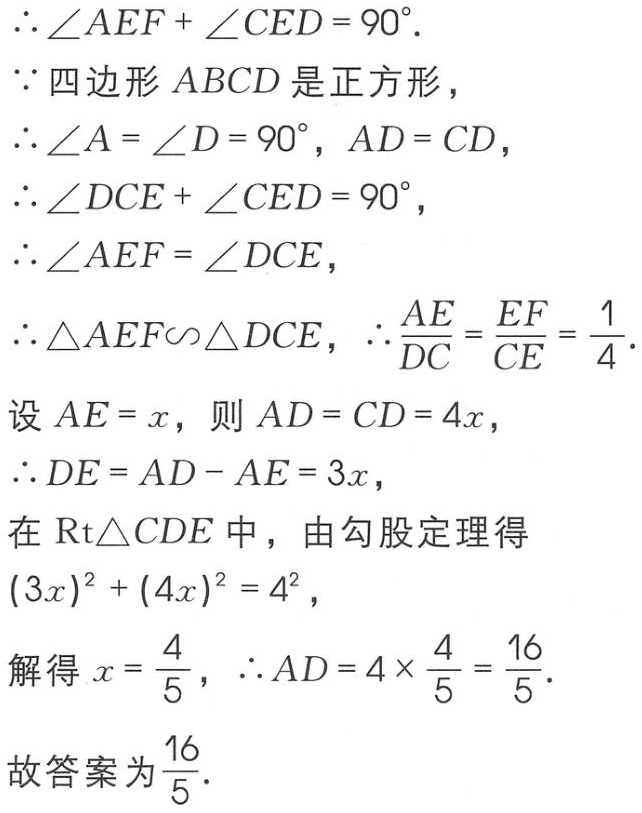
\(\therefore \angle AEF+\angle CED = 90^{\circ}.\)
\(\because\) 四边形 \(ABCD\) 是正方形，
\(\therefore \angle A=\angle D = 90^{\circ}, AD = CD\)，
\(\therefore \angle DCE+\angle CED = 90^{\circ}\)，
\(\therefore \angle AEF=\angle DCE\)，
\(\therefore \triangle AEF\sim\triangle DCE\)，\(\therefore \frac{AE}{DC}=\frac{EF}{CE}=\frac{1}{4}\).
设 \(AE = x\)，则 \(AD = CD = 4x\)，
\(\therefore DE = AD - AE = 3x\)，
在 \(\text{Rt}\triangle CDE\) 中，由勾股定理得
\((3x)^{2}+(4x)^{2}=4^{2}\)，
解得 \(x=\frac{4}{5}\)，\(\therefore AD = 4\times\frac{4}{5}=\frac{16}{5}\).
故答案为 \(\frac{16}{5}\).